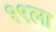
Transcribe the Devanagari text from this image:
१९ला